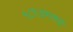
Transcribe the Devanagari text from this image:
१८९३पासून